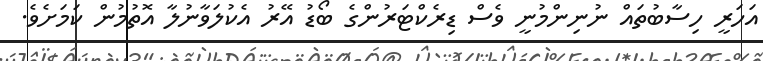
އަހަރީ ހިސާބުތައް ނުނިންމުނީ ވެސް ޑިރެކްޓަރުންގެ ބޯޑު އޭރު އެކުލަވާނުލާ އޮތުމުން ކަމަށެވެ.